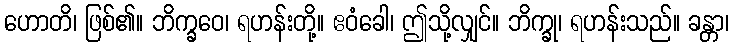
ဟောတိ၊ ဖြစ်၏။ ဘိက္ခဝေ၊ ရဟန်းတို့။ ဧဝံခေါ၊ ဤသို့လျှင်။ ဘိက္ခု၊ ရဟန်းသည်။ ခန္တာ၊